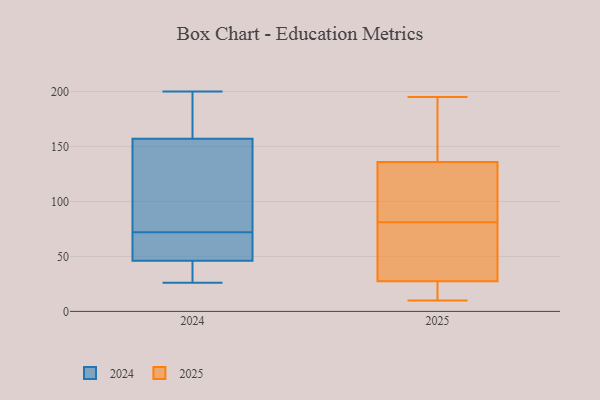
{"axis": {"x": "Website Visitors", "y": "Value"}, "legend": ["2024", "2025"], "data": [{"x": "", "y": 36, "type": "2025"}, {"x": "", "y": 123, "type": "2025"}, {"x": "", "y": 69, "type": "2025"}, {"x": "", "y": 10, "type": "2025"}, {"x": "", "y": 72, "type": "2025"}, {"x": "", "y": 149, "type": "2025"}, {"x": "", "y": 19, "type": "2025"}, {"x": "", "y": 195, "type": "2025"}, {"x": "", "y": 98, "type": "2025"}, {"x": "", "y": 153, "type": "2025"}, {"x": "", "y": 13, "type": "2025"}, {"x": "", "y": 90, "type": "2025"}, {"x": "", "y": 125, "type": "2024"}, {"x": "", "y": 49, "type": "2024"}, {"x": "", "y": 63, "type": "2024"}, {"x": "", "y": 27, "type": "2024"}, {"x": "", "y": 33, "type": "2024"}, {"x": "", "y": 26, "type": "2024"}, {"x": "", "y": 64, "type": "2024"}, {"x": "", "y": 46, "type": "2024"}, {"x": "", "y": 200, "type": "2024"}, {"x": "", "y": 157, "type": "2024"}, {"x": "", "y": 80, "type": "2024"}, {"x": "", "y": 187, "type": "2024"}, {"x": "", "y": 96, "type": "2024"}, {"x": "", "y": 200, "type": "2024"}]}